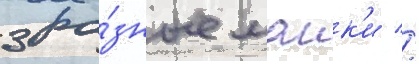
3 ра́зные маик'и //